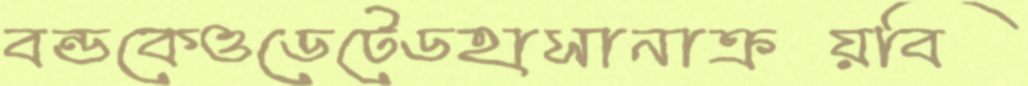
বন্ডকেওডেটেডহাসানাক্রয়বি